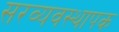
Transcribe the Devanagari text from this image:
सरव्यवस्थापक